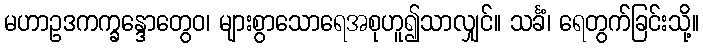
မဟာဥဒကက္ခန္ဒောတွေဝ၊ များစွာသောရေအစုဟူ၍သာလျှင်။ သင်္ခံ၊ ရေတွက်ခြင်းသို့။